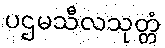
ပဌမသီလသုတ္တံ